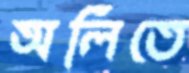
অলিতে